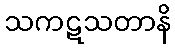
သကဋသတာနိ